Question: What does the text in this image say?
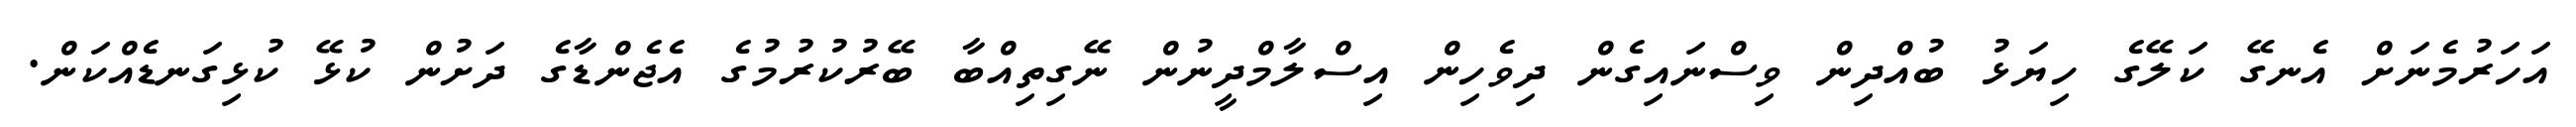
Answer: އަހަރުމެނަށް އެނގޭ ކަލޭގެ ހިޔަޅު ބުއްދިން ވިސްނައިގެން ދިވެހިން އިސްލާމްދީނުން ނޭގިތިއްބާ ބޭރުކުރުމުގެ އެޖެންޑާގެ ދަށުން ކުޅޭ ކުޅިގަނޑެއްކަން.